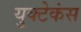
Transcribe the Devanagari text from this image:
युक्टेकंस